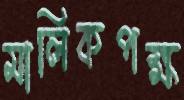
মালিকপক্ষ